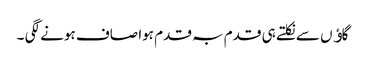
گاﺅں سے نکلتے ہی قدم بہ قدم ہوا صاف ہونے لگی ۔